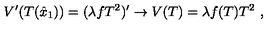
V ^ { \prime } ( T ( \hat { x } _ { 1 } ) ) = ( \lambda f T ^ { 2 } ) ^ { \prime } \rightarrow V ( T ) = \lambda f ( T ) T ^ { 2 } \ ,